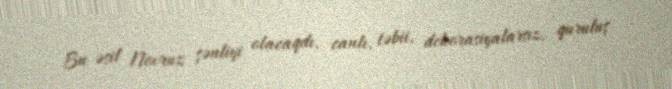
Bu əsil Novruz şənliyi olacaqdı, canlı, təbii, dekorasiyalarsız, quruluş